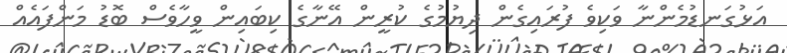
އަޅުގަނޑުމެންނާ ވަކިވެ ފުރައިގެން ދިޔުމުގެ ކުރީން އޭނާގެ ކިބައިން ވީހާވެސް ބޮޑު މަންފައެއް